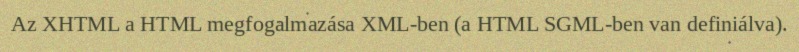
Az XHTML a HTML megfogalmazása XML-ben (a HTML SGML-ben van definiálva).